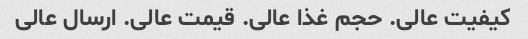
کیفیت عالی. حجم غذا عالی. قیمت عالی. ارسال عالی